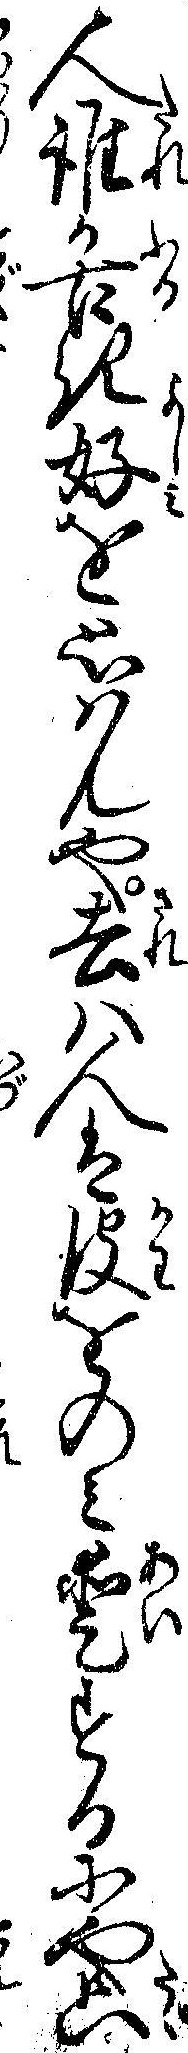
人誰か古き好を思ハんや去ハ人は皮をのミ愛するにや只